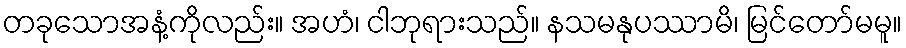
တခုသောအနံ့ကိုလည်း။ အဟံ၊ ငါဘုရားသည်။ နသမနုပဿာမိ၊ မြင်တော်မမူ။